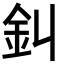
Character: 䤛